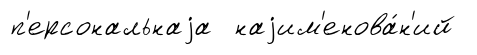
п'ерсональнаjа наjим'енова́н'ий